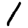
Digit: 1